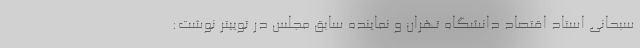
سبحانی استاد اقتصاد دانشگاه تهران و نماینده سابق مجلس در توییتر نوشت: